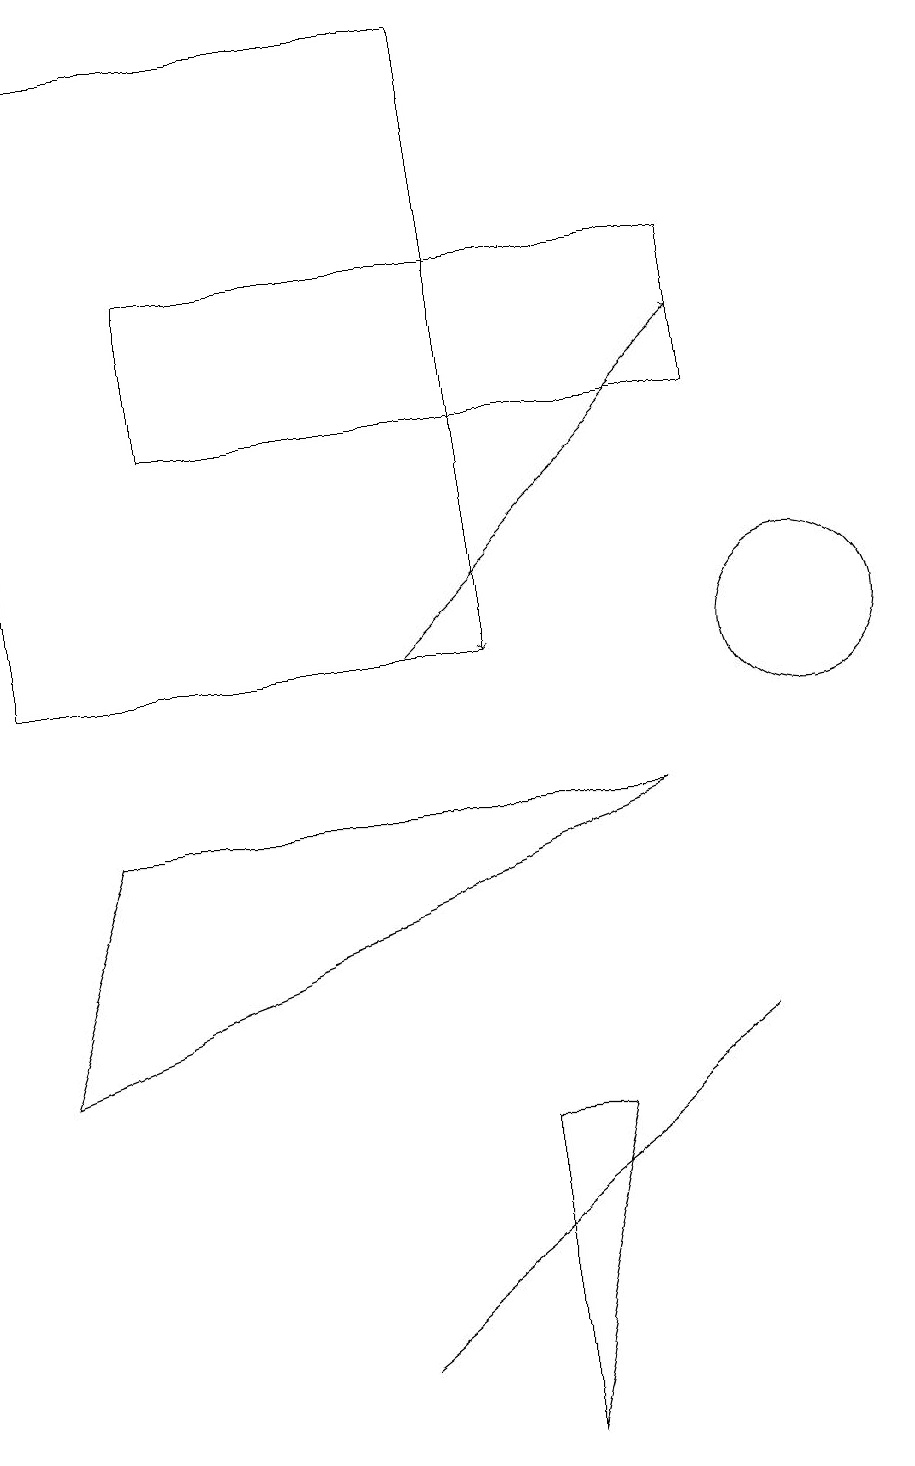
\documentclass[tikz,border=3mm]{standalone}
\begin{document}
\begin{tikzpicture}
\draw (2,13) rectangle (9,15);
\draw (7,4) -- (6,0) -- (6,4) -- cycle;
\draw (10,10) circle (1);
\draw (6,10) rectangle (0,18);
\draw[->] (5,10) -- (9,14);
\draw (0,5) -- (8,8) -- (1,8) -- cycle;
\draw (9,5) -- (4,1) -- (4,1) -- cycle;
\draw[->] (6,15) -- (6,10);
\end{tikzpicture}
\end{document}